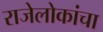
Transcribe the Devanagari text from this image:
राजेलोकांचा